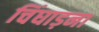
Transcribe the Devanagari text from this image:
चिंघाड़ना